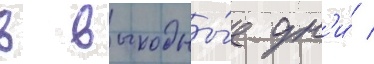
в выходны́е дн'и́ /